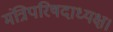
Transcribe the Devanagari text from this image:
मंत्रिपरिषदाध्यक्ष।